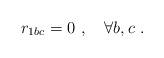
LaTeX: \begin{align*}r_{1bc} = 0 \ , \ \ \ \forall b , c \ . \end{align*}